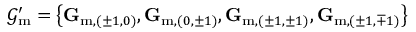
\mathcal { G } _ { \mathrm { m } } ^ { \prime } = \left\{ \mathbf { G } _ { \mathrm { m } , ( \pm 1 , 0 ) } , \mathbf { G } _ { \mathrm { m } , ( 0 , \pm 1 ) } , \mathbf { G } _ { \mathrm { m } , ( \pm 1 , \pm 1 ) } , \mathbf { G } _ { \mathrm { m } , ( \pm 1 , \mp 1 ) } \right\}